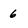
Character: 6